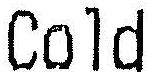
COLD